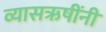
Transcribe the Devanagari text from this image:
व्यासऋषींनी